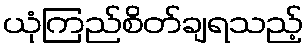
ယုံကြည်စိတ်ချရသည့်